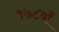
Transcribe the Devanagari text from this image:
१७८वाँ